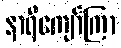
နာရီကျော်ကြာ